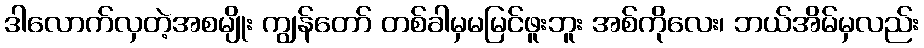
ဒါလောက်လှတဲ့အစမျိုး ကျွန်တော် တစ်ခါမှမမြင်ဖူးဘူး အစ်ကိုလေး၊ ဘယ်အိမ်မှလည်း